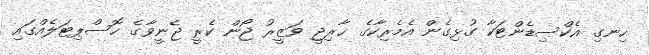
ހިނގި އެކްސިޑެންޓަކާ ގުޅިގެން އެމެރިކާގެ ޚާރިޖީ ވަޒީރު ޖޯން ކެރީ ޖެނީވާގެ ހޮސްޕިޓަލެއްގައި